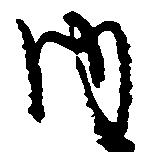
内